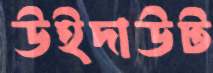
উইদাউট